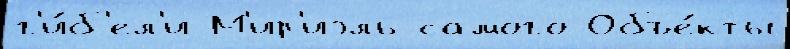
г'и́б'ел'и М'ир'иэль самого Объе́кты